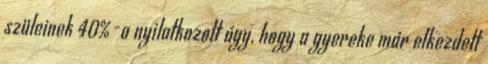
szüleinek 40%-a nyilatkozott úgy, hogy a gyereke már elkezdett